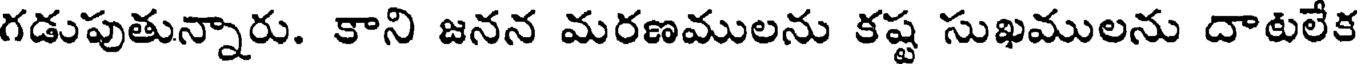
గడుపుతున్నారు. కాని జనన మరణములను కష్ట సుఖములను దాటలేక